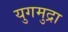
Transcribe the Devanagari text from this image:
युगमुद्रा